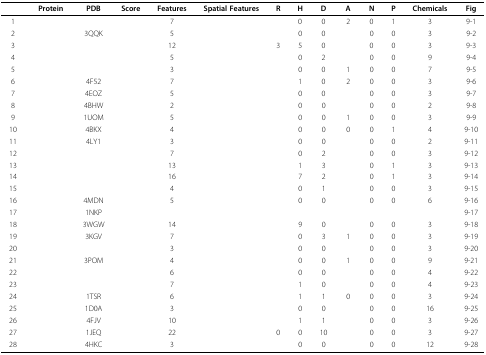
<table><thead><tr><td>[EMPTY_CELL]</td><td><b>Protein</b></td><td><b>PDB</b></td><td><b>Score</b></td><td><b>Features</b></td><td><b>Spatial Features</b></td><td><b>R</b></td><td><b>H</b></td><td><b>D</b></td><td><b>A</b></td><td><b>N</b></td><td><b>P</b></td><td><b>Chemicals</b></td><td><b>Fig</b></td></tr></thead><tbody><tr><td>1</td><td>[EMPTY_CELL]</td><td>[EMPTY_CELL]</td><td>[EMPTY_CELL]</td><td>7</td><td>[EMPTY_CELL]</td><td>[EMPTY_CELL]</td><td>0</td><td>0</td><td>2</td><td>0</td><td>1</td><td>3</td><td>9-1</td></tr><tr><td>2</td><td>[EMPTY_CELL]</td><td>3QQK</td><td>[EMPTY_CELL]</td><td>5</td><td>[EMPTY_CELL]</td><td>[EMPTY_CELL]</td><td>0</td><td>0</td><td>[EMPTY_CELL]</td><td>0</td><td>0</td><td>3</td><td>9-2</td></tr><tr><td>3</td><td>[EMPTY_CELL]</td><td>[EMPTY_CELL]</td><td>[EMPTY_CELL]</td><td>12</td><td>[EMPTY_CELL]</td><td>3</td><td>5</td><td>0</td><td>[EMPTY_CELL]</td><td>0</td><td>0</td><td>3</td><td>9-3</td></tr><tr><td>4</td><td>[EMPTY_CELL]</td><td>[EMPTY_CELL]</td><td>[EMPTY_CELL]</td><td>5</td><td>[EMPTY_CELL]</td><td>[EMPTY_CELL]</td><td>0</td><td>2</td><td>[EMPTY_CELL]</td><td>0</td><td>0</td><td>9</td><td>9-4</td></tr><tr><td>5</td><td>[EMPTY_CELL]</td><td>[EMPTY_CELL]</td><td>[EMPTY_CELL]</td><td>3</td><td>[EMPTY_CELL]</td><td>[EMPTY_CELL]</td><td>0</td><td>0</td><td>1</td><td>0</td><td>0</td><td>7</td><td>9-5</td></tr><tr><td>6</td><td>[EMPTY_CELL]</td><td>4F52</td><td>[EMPTY_CELL]</td><td>7</td><td>[EMPTY_CELL]</td><td>[EMPTY_CELL]</td><td>1</td><td>0</td><td>2</td><td>0</td><td>0</td><td>3</td><td>9-6</td></tr><tr><td>7</td><td>[EMPTY_CELL]</td><td>4EOZ</td><td>[EMPTY_CELL]</td><td>5</td><td>[EMPTY_CELL]</td><td>[EMPTY_CELL]</td><td>0</td><td>0</td><td>[EMPTY_CELL]</td><td>0</td><td>0</td><td>3</td><td>9-7</td></tr><tr><td>8</td><td>[EMPTY_CELL]</td><td>4BHW</td><td>[EMPTY_CELL]</td><td>2</td><td>[EMPTY_CELL]</td><td>[EMPTY_CELL]</td><td>0</td><td>0</td><td>[EMPTY_CELL]</td><td>0</td><td>0</td><td>2</td><td>9-8</td></tr><tr><td>9</td><td>[EMPTY_CELL]</td><td>1UOM</td><td>[EMPTY_CELL]</td><td>5</td><td>[EMPTY_CELL]</td><td>[EMPTY_CELL]</td><td>0</td><td>0</td><td>1</td><td>0</td><td>0</td><td>3</td><td>9-9</td></tr><tr><td>10</td><td>[EMPTY_CELL]</td><td>4BKX</td><td>[EMPTY_CELL]</td><td>4</td><td>[EMPTY_CELL]</td><td>[EMPTY_CELL]</td><td>0</td><td>0</td><td>0</td><td>0</td><td>1</td><td>4</td><td>9-10</td></tr><tr><td>11</td><td>[EMPTY_CELL]</td><td>4LY1</td><td>[EMPTY_CELL]</td><td>3</td><td>[EMPTY_CELL]</td><td>[EMPTY_CELL]</td><td>0</td><td>0</td><td>[EMPTY_CELL]</td><td>0</td><td>0</td><td>2</td><td>9-11</td></tr><tr><td>12</td><td>[EMPTY_CELL]</td><td>[EMPTY_CELL]</td><td>[EMPTY_CELL]</td><td>7</td><td>[EMPTY_CELL]</td><td>[EMPTY_CELL]</td><td>0</td><td>2</td><td>[EMPTY_CELL]</td><td>0</td><td>0</td><td>3</td><td>9-12</td></tr><tr><td>13</td><td>[EMPTY_CELL]</td><td>[EMPTY_CELL]</td><td>[EMPTY_CELL]</td><td>13</td><td>[EMPTY_CELL]</td><td>[EMPTY_CELL]</td><td>1</td><td>3</td><td>[EMPTY_CELL]</td><td>0</td><td>1</td><td>3</td><td>9-13</td></tr><tr><td>14</td><td>[EMPTY_CELL]</td><td>[EMPTY_CELL]</td><td>[EMPTY_CELL]</td><td>16</td><td>[EMPTY_CELL]</td><td>[EMPTY_CELL]</td><td>7</td><td>2</td><td>[EMPTY_CELL]</td><td>0</td><td>1</td><td>3</td><td>9-14</td></tr><tr><td>15</td><td>[EMPTY_CELL]</td><td>[EMPTY_CELL]</td><td>[EMPTY_CELL]</td><td>4</td><td>[EMPTY_CELL]</td><td>[EMPTY_CELL]</td><td>0</td><td>1</td><td>[EMPTY_CELL]</td><td>0</td><td>0</td><td>3</td><td>9-15</td></tr><tr><td>16</td><td>[EMPTY_CELL]</td><td>4MDN</td><td>[EMPTY_CELL]</td><td>5</td><td>[EMPTY_CELL]</td><td>[EMPTY_CELL]</td><td>0</td><td>0</td><td>[EMPTY_CELL]</td><td>0</td><td>0</td><td>6</td><td>9-16</td></tr><tr><td>17</td><td>[EMPTY_CELL]</td><td>1NKP</td><td>[EMPTY_CELL]</td><td>[EMPTY_CELL]</td><td>[EMPTY_CELL]</td><td>[EMPTY_CELL]</td><td>[EMPTY_CELL]</td><td>[EMPTY_CELL]</td><td>[EMPTY_CELL]</td><td>[EMPTY_CELL]</td><td>[EMPTY_CELL]</td><td>[EMPTY_CELL]</td><td>9-17</td></tr><tr><td>18</td><td>[EMPTY_CELL]</td><td>3WGW</td><td>[EMPTY_CELL]</td><td>14</td><td>[EMPTY_CELL]</td><td>[EMPTY_CELL]</td><td>9</td><td>0</td><td>[EMPTY_CELL]</td><td>0</td><td>0</td><td>3</td><td>9-18</td></tr><tr><td>19</td><td>[EMPTY_CELL]</td><td>3KGV</td><td>[EMPTY_CELL]</td><td>7</td><td>[EMPTY_CELL]</td><td>[EMPTY_CELL]</td><td>0</td><td>3</td><td>1</td><td>0</td><td>0</td><td>3</td><td>9-19</td></tr><tr><td>20</td><td>[EMPTY_CELL]</td><td>[EMPTY_CELL]</td><td>[EMPTY_CELL]</td><td>3</td><td>[EMPTY_CELL]</td><td>[EMPTY_CELL]</td><td>0</td><td>0</td><td>[EMPTY_CELL]</td><td>0</td><td>0</td><td>3</td><td>9-20</td></tr><tr><td>21</td><td>[EMPTY_CELL]</td><td>3POM</td><td>[EMPTY_CELL]</td><td>4</td><td>[EMPTY_CELL]</td><td>[EMPTY_CELL]</td><td>0</td><td>0</td><td>1</td><td>0</td><td>0</td><td>9</td><td>9-21</td></tr><tr><td>22</td><td>[EMPTY_CELL]</td><td>[EMPTY_CELL]</td><td>[EMPTY_CELL]</td><td>6</td><td>[EMPTY_CELL]</td><td>[EMPTY_CELL]</td><td>0</td><td>0</td><td>[EMPTY_CELL]</td><td>0</td><td>0</td><td>4</td><td>9-22</td></tr><tr><td>23</td><td>[EMPTY_CELL]</td><td>[EMPTY_CELL]</td><td>[EMPTY_CELL]</td><td>7</td><td>[EMPTY_CELL]</td><td>[EMPTY_CELL]</td><td>1</td><td>0</td><td>[EMPTY_CELL]</td><td>0</td><td>0</td><td>4</td><td>9-23</td></tr><tr><td>24</td><td>[EMPTY_CELL]</td><td>1TSR</td><td>[EMPTY_CELL]</td><td>6</td><td>[EMPTY_CELL]</td><td>[EMPTY_CELL]</td><td>1</td><td>1</td><td>0</td><td>0</td><td>0</td><td>3</td><td>9-24</td></tr><tr><td>25</td><td>[EMPTY_CELL]</td><td>1D0A</td><td>[EMPTY_CELL]</td><td>3</td><td>[EMPTY_CELL]</td><td>[EMPTY_CELL]</td><td>0</td><td>0</td><td>[EMPTY_CELL]</td><td>0</td><td>0</td><td>16</td><td>9-25</td></tr><tr><td>26</td><td>[EMPTY_CELL]</td><td>4FJV</td><td>[EMPTY_CELL]</td><td>10</td><td>[EMPTY_CELL]</td><td>[EMPTY_CELL]</td><td>1</td><td>1</td><td>[EMPTY_CELL]</td><td>0</td><td>0</td><td>3</td><td>9-26</td></tr><tr><td>27</td><td>[EMPTY_CELL]</td><td>1JEQ</td><td>[EMPTY_CELL]</td><td>22</td><td>[EMPTY_CELL]</td><td>0</td><td>0</td><td>10</td><td>[EMPTY_CELL]</td><td>0</td><td>0</td><td>3</td><td>9-27</td></tr><tr><td>28</td><td>[EMPTY_CELL]</td><td>4HKC</td><td>[EMPTY_CELL]</td><td>3</td><td>[EMPTY_CELL]</td><td>[EMPTY_CELL]</td><td>0</td><td>0</td><td>[EMPTY_CELL]</td><td>0</td><td>0</td><td>12</td><td>9-28</td></tr></tbody></table>